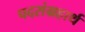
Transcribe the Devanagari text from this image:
पदसंग्रहार्थ